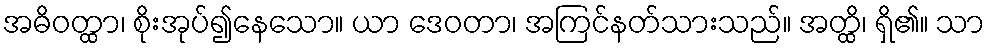
အဓိဝတ္ထာ၊ စိုးအုပ်၍နေသော။ ယာ ဒေဝတာ၊ အကြင်နတ်သားသည်။ အတ္ထိ၊ ရှိ၏။ သာ